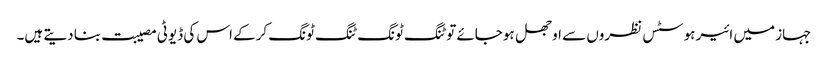
جہاز میں ائیر ہوسٹس نظروں سے اوجھل ہوجائے تو ٹنگ ٹونگ ٹنگ ٹونگ کرکے اس کی ڈیوٹی مصیبت بنا دیتے ہیں۔